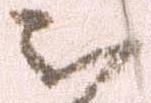
被